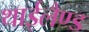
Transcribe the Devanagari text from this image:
थाईलैण्‍ड